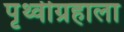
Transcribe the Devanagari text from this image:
पृथ्वीग्रहाला